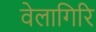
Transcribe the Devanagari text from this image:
वेलागिरि